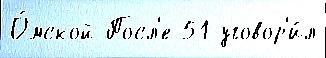
О́мской Посл'е 51 уговор'и́л